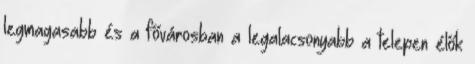
legmagasabb és a fővárosban a legalacsonyabb a telepen élők